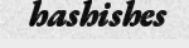
hashishes